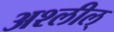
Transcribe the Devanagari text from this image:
अश्लील्